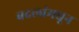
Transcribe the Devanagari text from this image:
बदलांमधून